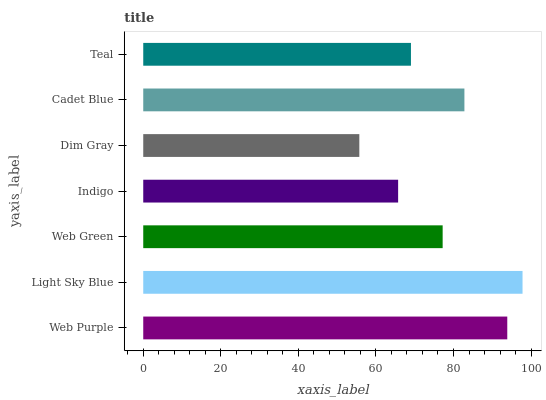
| yaxis_label | bars |
 | --- | --- |
 | Web Purple | 93.9 |
 | Light Sky Blue | 97.8 |
 | Web Green | 77.2 |
 | Indigo | 65.7 |
 | Dim Gray | 55.7 |
 | Cadet Blue | 82.8 |
 | Teal | 69 |